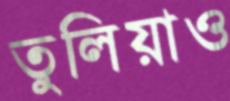
তুলিয়াও